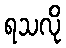
ရသလို